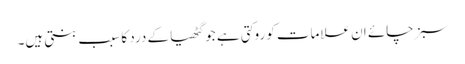
سبز چائے ان علامات کو روکتی ہے جو گٹھیا کے درد کا سبب بنتی ہیں۔